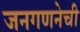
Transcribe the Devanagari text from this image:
जनगणनेची